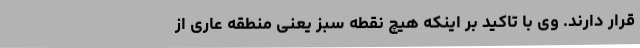
قرار دارند. وی با تاکید بر اینکه هیچ نقطه سبز یعنی منطقه عاری از